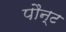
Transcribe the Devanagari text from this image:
पौन्ट